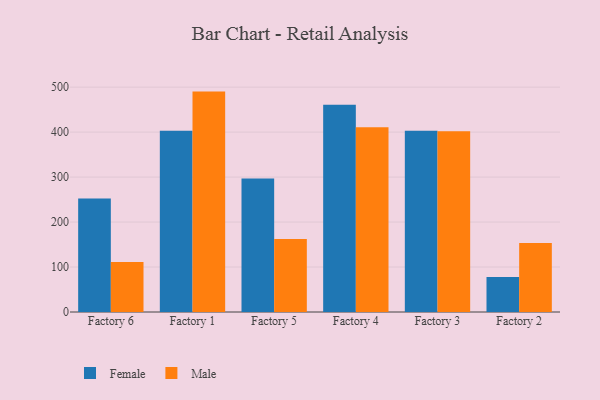
{"axis": {"x": "Factory", "y": "LTV (USD)"}, "legend": ["Female", "Male"], "data": [{"x": "Factory 6", "y": 252.6, "type": "Female"}, {"x": "Factory 6", "y": 111.2, "type": "Male"}, {"x": "Factory 1", "y": 403.2, "type": "Female"}, {"x": "Factory 1", "y": 490.1, "type": "Male"}, {"x": "Factory 5", "y": 296.8, "type": "Female"}, {"x": "Factory 5", "y": 162.5, "type": "Male"}, {"x": "Factory 4", "y": 460.7, "type": "Female"}, {"x": "Factory 4", "y": 411.0, "type": "Male"}, {"x": "Factory 3", "y": 402.8, "type": "Female"}, {"x": "Factory 3", "y": 401.9, "type": "Male"}, {"x": "Factory 2", "y": 77.8, "type": "Female"}, {"x": "Factory 2", "y": 153.6, "type": "Male"}]}